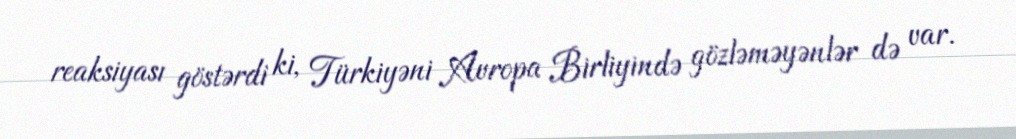
reaksiyası göstərdi ki, Türkiyəni Avropa Birliyində gözləməyənlər də var.